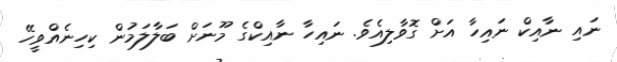
ނައި ނާއިކް ނައިހާ އަށް ގޮވާލިއެވެ. ނައިހާ ނާއިކްގެ މޫނަށް ބަލާލަމުން ކިހިނެއްވީހޭ